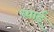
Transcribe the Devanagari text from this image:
ध्याई